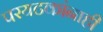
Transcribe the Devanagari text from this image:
परयटकांनाही